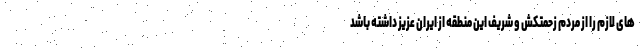
های لازم را از مردم زحمتکش و شریف این منطقه از ایران عزیز داشته باشد